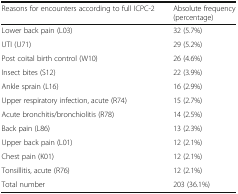
<table><thead><tr><td><b>Reasons for encounters according to full ICPC-2</b></td><td><b>Absolute frequency (percentage)</b></td></tr></thead><tbody><tr><td>Lower back pain (L03)</td><td>32 (5.7%)</td></tr><tr><td>UTI (U71)</td><td>29 (5.2%)</td></tr><tr><td>Post coital birth control (W10)</td><td>26 (4.6%)</td></tr><tr><td>Insect bites (S12)</td><td>22 (3.9%)</td></tr><tr><td>Ankle sprain (L16)</td><td>16 (2.9%)</td></tr><tr><td>Upper respiratory infection, acute (R74)</td><td>15 (2.7%)</td></tr><tr><td>Acute bronchitis/bronchiolitis (R78)</td><td>14 (2.5%)</td></tr><tr><td>Back pain (L86)</td><td>13 (2.3%)</td></tr><tr><td>Upper back pain (L01)</td><td>12 (2.1%)</td></tr><tr><td>Chest pain (K01)</td><td>12 (2.1%)</td></tr><tr><td>Tonsillitis, acute (R76)</td><td>12 (2.1%)</td></tr><tr><td>Total number</td><td>203 (36.1%)</td></tr></tbody></table>